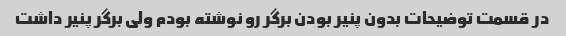
در قسمت توضیحات بدون پنیر بودن برگر رو نوشته بودم ولی برگر پنیر داشت